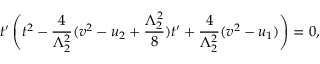
t ^ { \prime } \left( t ^ { 2 } - \frac { 4 } { \Lambda _ { 2 } ^ { 2 } } ( v ^ { 2 } - u _ { 2 } + \frac { \Lambda _ { 2 } ^ { 2 } } { 8 } ) t ^ { \prime } + \frac { 4 } { \Lambda _ { 2 } ^ { 2 } } ( v ^ { 2 } - u _ { 1 } ) \right) = 0 ,